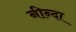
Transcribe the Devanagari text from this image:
नीन्दा